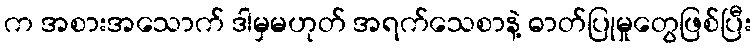
က အစားအသောက် ဒါမှမဟုတ် အရက်သေစာနဲ့ ဓာတ်ပြုမှုတွေဖြစ်ပြီး